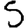
Digit: 5